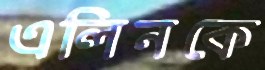
এলিনকে